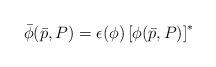
LaTeX: \begin{align*}\bar{\phi} ( \bar{p},P ) = \epsilon (\phi) \left[ \phi(\bar{p},P) \right]^{*}\end{align*}